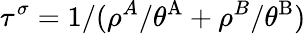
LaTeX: \tau^{\sigma}=1/(\rho^{A}/\theta^{\mathrm{{A}}}+\rho^{B}/\theta^{\mathrm{{B}}})